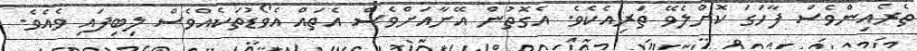
ތެރެއިންވެސް ފާހަގަ ކޮށްލެވޭ ތަރިއެކެވެ. އެގޮތުން އޭނާއަށްވެސް އެތައް އެވޯޑުތަކެއްވެސް ލިބިފައި ވެއެވެ.